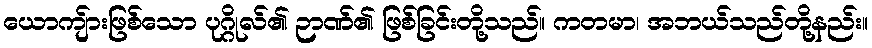
ယောကျ်ားဖြစ်သော ပုဂ္ဂိုလ်၏ ဉာဏ်၏ ဖြစ်ခြင်းတို့သည်။ ကတမာ၊ အဘယ်သည်တို့နည်း။